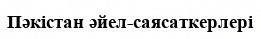
Пәкістан әйел-саясаткерлері